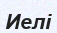
Иелі